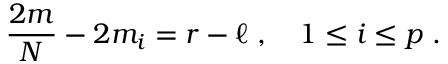
{ \frac { 2 m } { N } } - 2 m _ { i } = r - \ell \; , \quad 1 \leq i \leq p \; .